King Institute of Preventive Medicine Micro-Biological Section reports 1912-19
Year: 1912
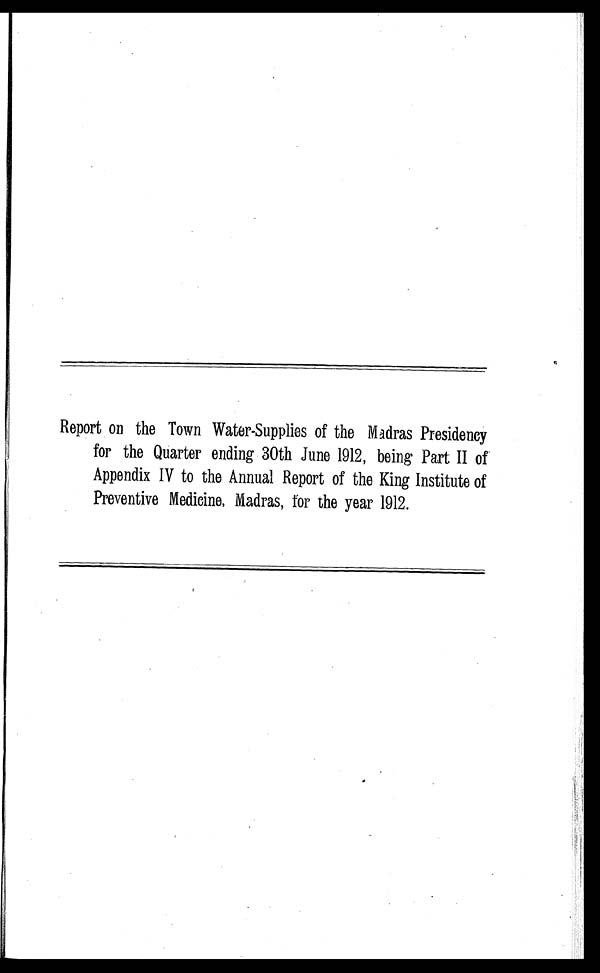
Report on the Town Water-Supplies of the Madras Presidency
for the Quarter ending 30th June 1912, being Part II of
Appendix IV to the Annual Report of the King Institute of
Preventive Medicine, Madras, for the year 1912.